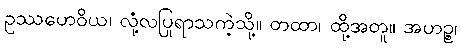
ဥဿဟေဝိယ၊ လုံ့လပြုရာသကဲ့သို့။ တထာ၊ ထို့အတူ။ အဟဉ္စ၊